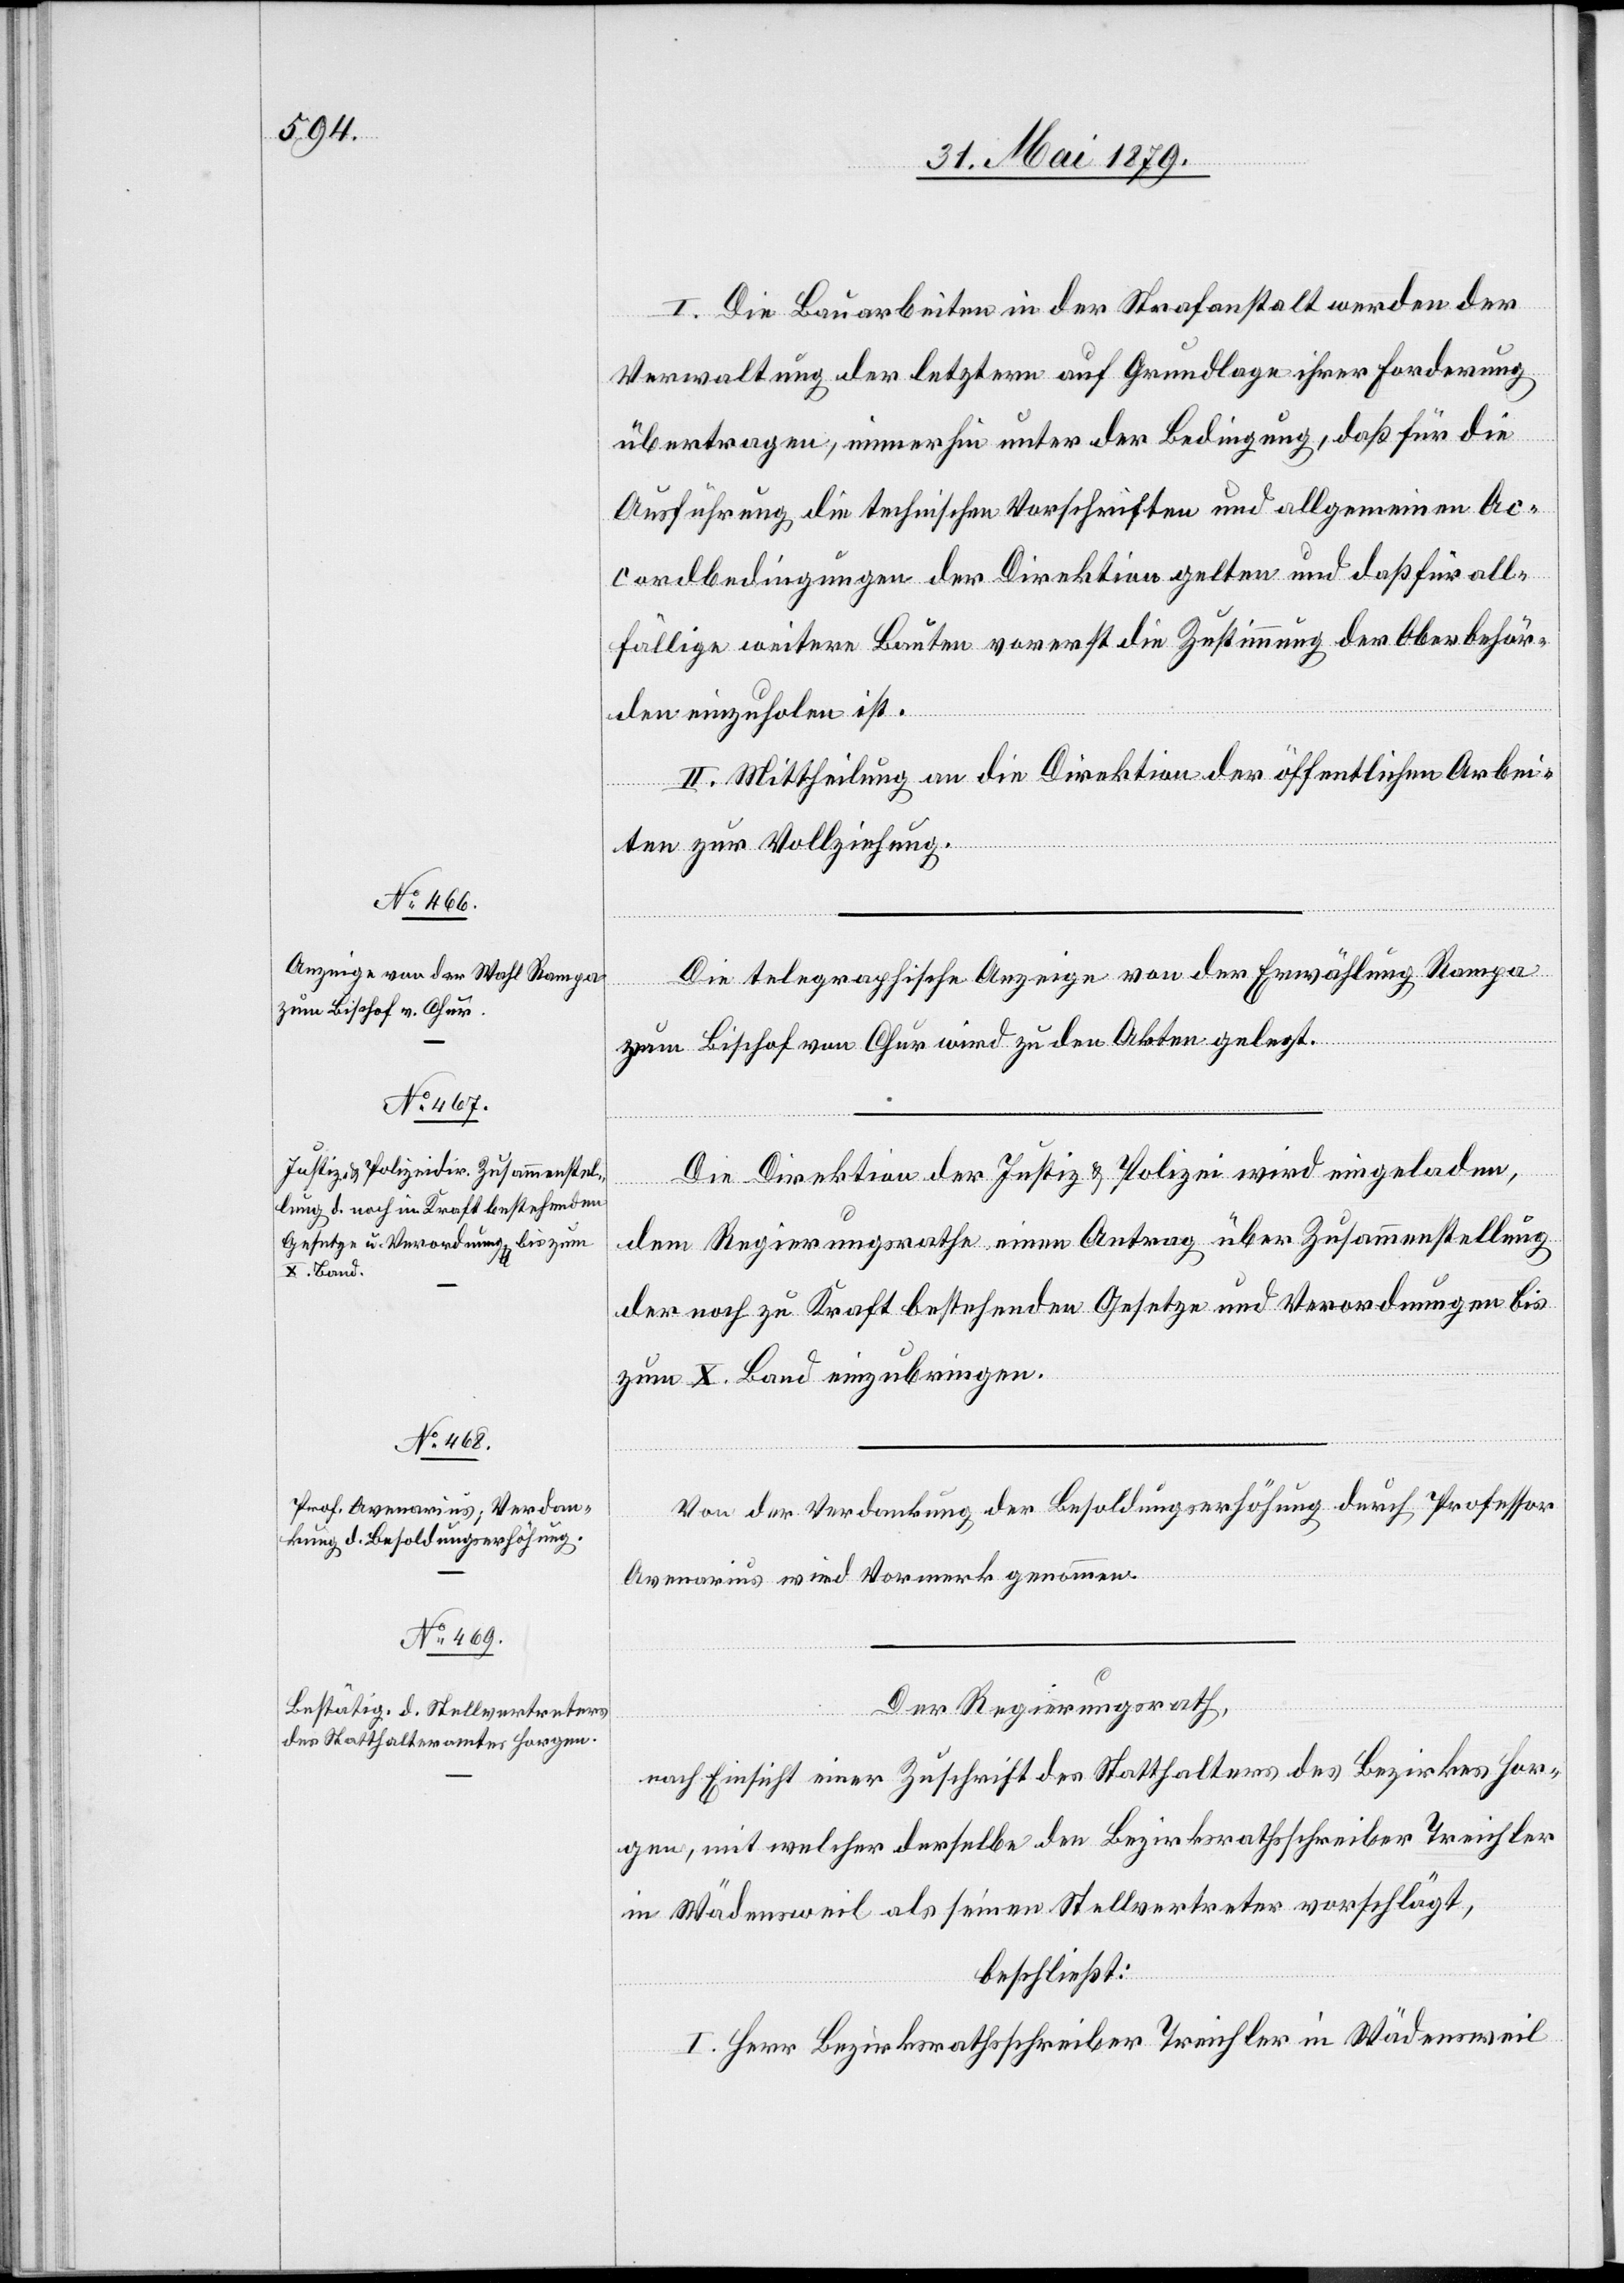
I. Die Bauarbeiten in der Strafanstalt werden der
Verwaltung der letztern auf Grundlage ihrer Forderung
übertragen, immerhin unter der Bedingung, daß für die
Ausführung die technischen Vorschriften und allgemeinen Ac¬
cordbedingungen der Direktion gelten und daß für all¬
fällige weitere Bauten vorerst die Zustimmung der Oberbehör¬
den einzuholen ist.
II. Mittheilung an die Direktion der öffentlichen Arbei¬
ten zur Vollziehung.
Die telegraphische Anzeige von der Erwählung Rampa
zum Bischof von Chur wird zu den Akten gelegt.
Die Direktion der Justiz & Polizei wird eingeladen,
dem Regierungsrathe einen Antrag über Zusammenstellung
der noch zu Kraft bestehenden Gesetze und Verordnungen bis
zum X. Band einzubringen.
Von der Verdankung der Besoldungserhöhung durch Professor
Avenarius wird Vormerk genommen.
Der Regierungsrath,
nach Einsicht einer Zuschrift des Statthalters des Bezirkes Hor¬
gen, mit welcher derselbe den Bezirksrathsschreiber Treichler
in Wädensweil als seinen Stellvertreter vorschlägt,
beschließt:
I. Herr Bezirksrathsschreiber Treichler in Wädensweil